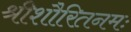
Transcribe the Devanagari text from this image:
श्रीशौरितनमः